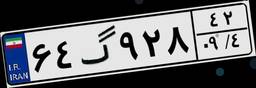
۲۹گ۲۹۷۶۸